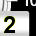
Digit: 2